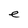
Character: e